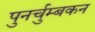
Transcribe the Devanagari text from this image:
पुनर्चुम्बकन